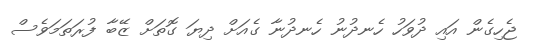
ޖެހިގެން އައި ދުވަހު ހެނދުނު ހެނދުނާ ގެއަށް ދިޔަ ގޮތަށް ޒޭބާ ފުރަތަމަވެސް